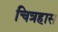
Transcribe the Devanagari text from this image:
चित्रहास